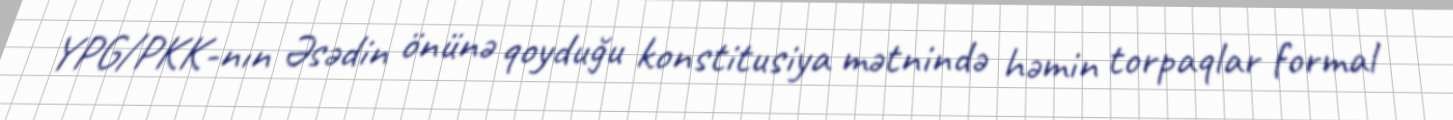
YPG/PKK-nın Əsədin önünə qoyduğu konstitusiya mətnində həmin torpaqlar formal